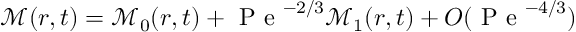
\mathcal { M } ( r , t ) = \mathcal { M } _ { 0 } ( r , t ) + \mathrm { ~ P ~ e ~ } ^ { - 2 / 3 } \mathcal { M } _ { 1 } ( r , t ) + O ( \mathrm { ~ P ~ e ~ } ^ { - 4 / 3 } )